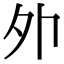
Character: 𡖄